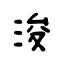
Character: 浚